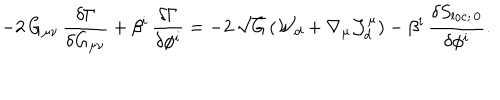
- 2 \, G _ { \mu \nu } \, { \frac { \delta \Gamma } { \delta G _ { \mu \nu } } } + \beta ^ { i } \, { \frac { \delta \Gamma } { \delta \phi ^ { i } } } = - 2 \, \sqrt { G } \, ( { \cal W } _ { d } + \nabla _ { \mu } { \cal J } _ { d } ^ { \mu } ) - \beta ^ { i } \, { \frac { \delta S _ { \mathrm { l o c } ; \, 0 } } { \delta \phi ^ { i } } } .